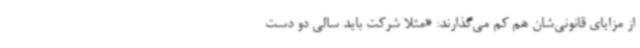
از مزایای قانونی‌شان هم کم می‌گذارند: «مثلا شرکت باید سالی دو دست